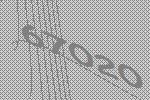
67020